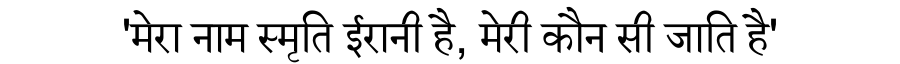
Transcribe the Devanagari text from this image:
'मेरा नाम स्मृति ईरानी है, मेरी कौन सी जाति है'